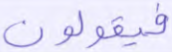
فيقولون